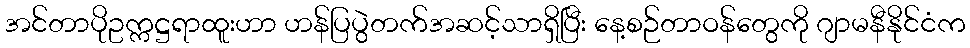
အင်တာပိုဥက္ကဋ္ဌရာထူးဟာ ဟန်ပြပွဲတက်အဆင့်သာရှိပြီး နေ့စဉ်တာဝန်တွေကို ဂျာမနီနိုင်ငံက